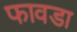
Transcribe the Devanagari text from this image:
फावडा